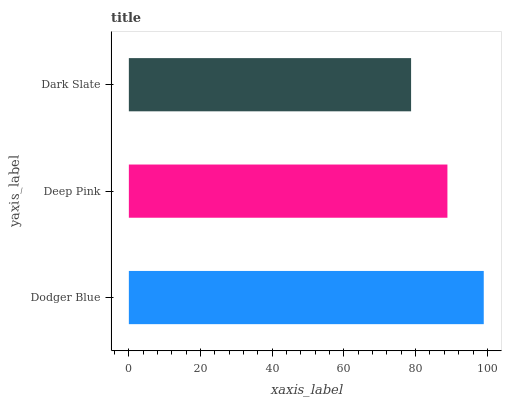
| yaxis_label | bars |
 | --- | --- |
 | Dodger Blue | 99 |
 | Deep Pink | 88.9 |
 | Dark Slate | 78.7 |